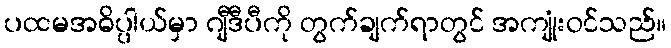
ပထမအဓိပ္ပါယ်မှာ ဂျီဒီပီကို တွက်ချက်ရာတွင် အကျုံးဝင်သည်။